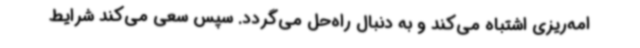
امه‌ریزی اشتباه می‌کند و به دنبال راه‌حل می‌گردد. سپس سعی می‌کند شرایط